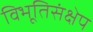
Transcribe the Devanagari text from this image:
विभूतिसंक्षेप